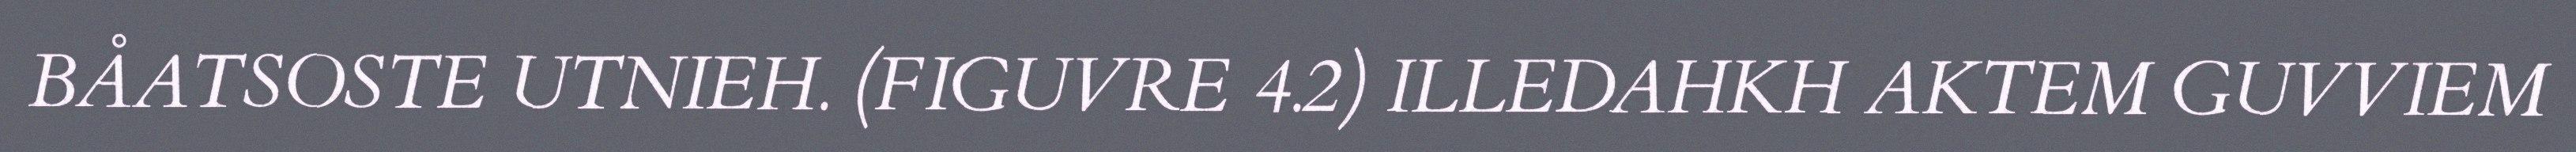
BÅATSOSTE UTNIEH. (FIGUVRE 4.2) ILLEDAHKH AKTEM GUVVIEM